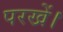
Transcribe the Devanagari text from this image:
परखें।